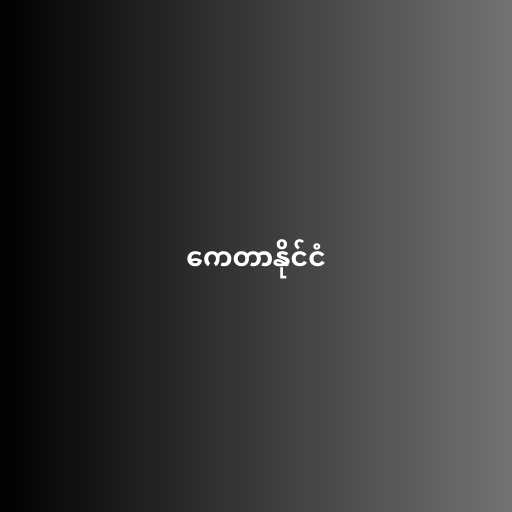
ကေတာနိုင်ငံ